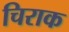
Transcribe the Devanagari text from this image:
चिराक